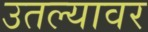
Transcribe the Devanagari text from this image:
उतल्यावर